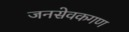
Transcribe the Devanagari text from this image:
जनसेवकगण